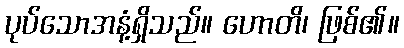
ပုပ်သောအနံ့ရှိသည်။ ဟောတိ၊ ဖြစ်၏။